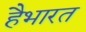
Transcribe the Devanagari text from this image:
हैभारत